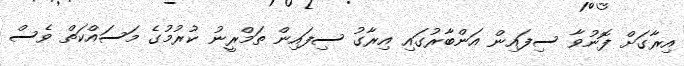
އިރާގަށް ފޮނުވާ ސިފައިން އަންބާރުގައި އިރާގު ސިފައިން ތަމްރީނު ކުރުމުގެ މަސައްކަތް ވެސް